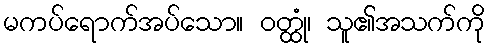
မကပ်ရောက်အပ်သော။ ဝတ္ထုံ၊ သူ၏အသက်ကို